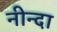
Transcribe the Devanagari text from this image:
नीन्दा